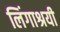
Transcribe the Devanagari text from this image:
लिंगाश्रयी